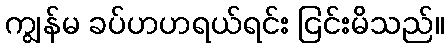
ကျွန်မ ခပ်ဟဟရယ်ရင်း ငြင်းမိသည်။